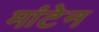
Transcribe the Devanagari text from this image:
मांटेन